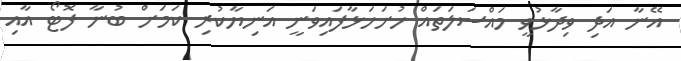
އޭނާ އަދި ވިދާޅުވީ މައްސަލަތައް ހުށަހަޅާފައިވަނީ އަނިޔާކުރި ކަމަށް ބުނާ ފޮޓޯ އާއި